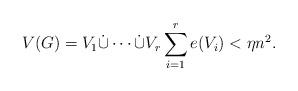
LaTeX: \begin{align*} V(G)=V_1\dot{\cup}\cdots\dot{\cup}V_r \sum_{i=1}^{r}e(V_i)<\eta n^2.\end{align*}